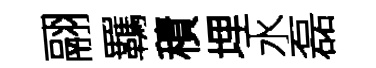
翮羈積埋水磊